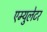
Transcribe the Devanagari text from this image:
एम्युलेटर